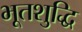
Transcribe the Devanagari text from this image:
भूतशुद्धि